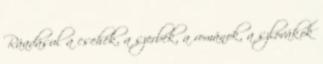
Ráadásul a csehek, a szerbek, a románok, a szlovákok